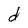
Character: d